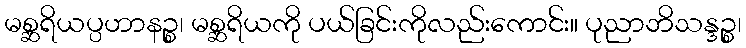
မစ္ဆရိယပ္ပဟာနဉ္စ၊ မစ္ဆရိယကို ပယ်ခြင်းကိုလည်းကောင်း။ ပုညာဘိသန္ဒဉ္စ၊